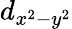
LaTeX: d_{x^{2}-y^{2}}